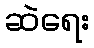
ဆဲရေး